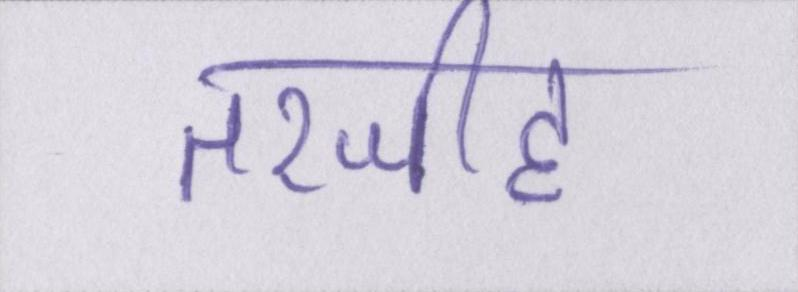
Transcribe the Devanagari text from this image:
तरजीह